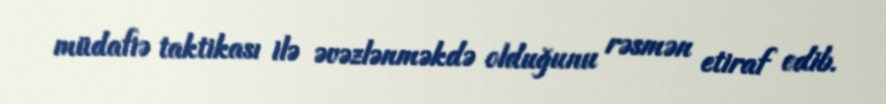
müdafiə taktikası ilə əvəzlənməkdə olduğunu rəsmən etiraf edib.